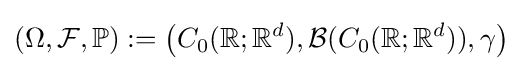
(\Omega ,{\mathcal {F}},\mathbb {P} ):=\left(C_{0}(\mathbb {R} ;\mathbb {R} ^{d}),{\mathcal {B}}(C_{0}(\mathbb {R} ;\mathbb {R} ^{d})),\gamma \right)